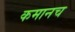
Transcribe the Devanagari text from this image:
कमानच